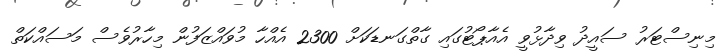
މިނިސްޓަރު ސައީދު ވިދާޅުވީ އެއާޕޯޓުގައި ގާތްގަނޑަކަށް 2300 އެއްހާ މުވައްޒަފުން މިހާރުވެސް މަސައްކަތް